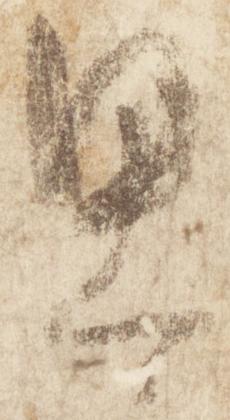
思